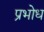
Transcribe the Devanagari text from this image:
प्रभोध